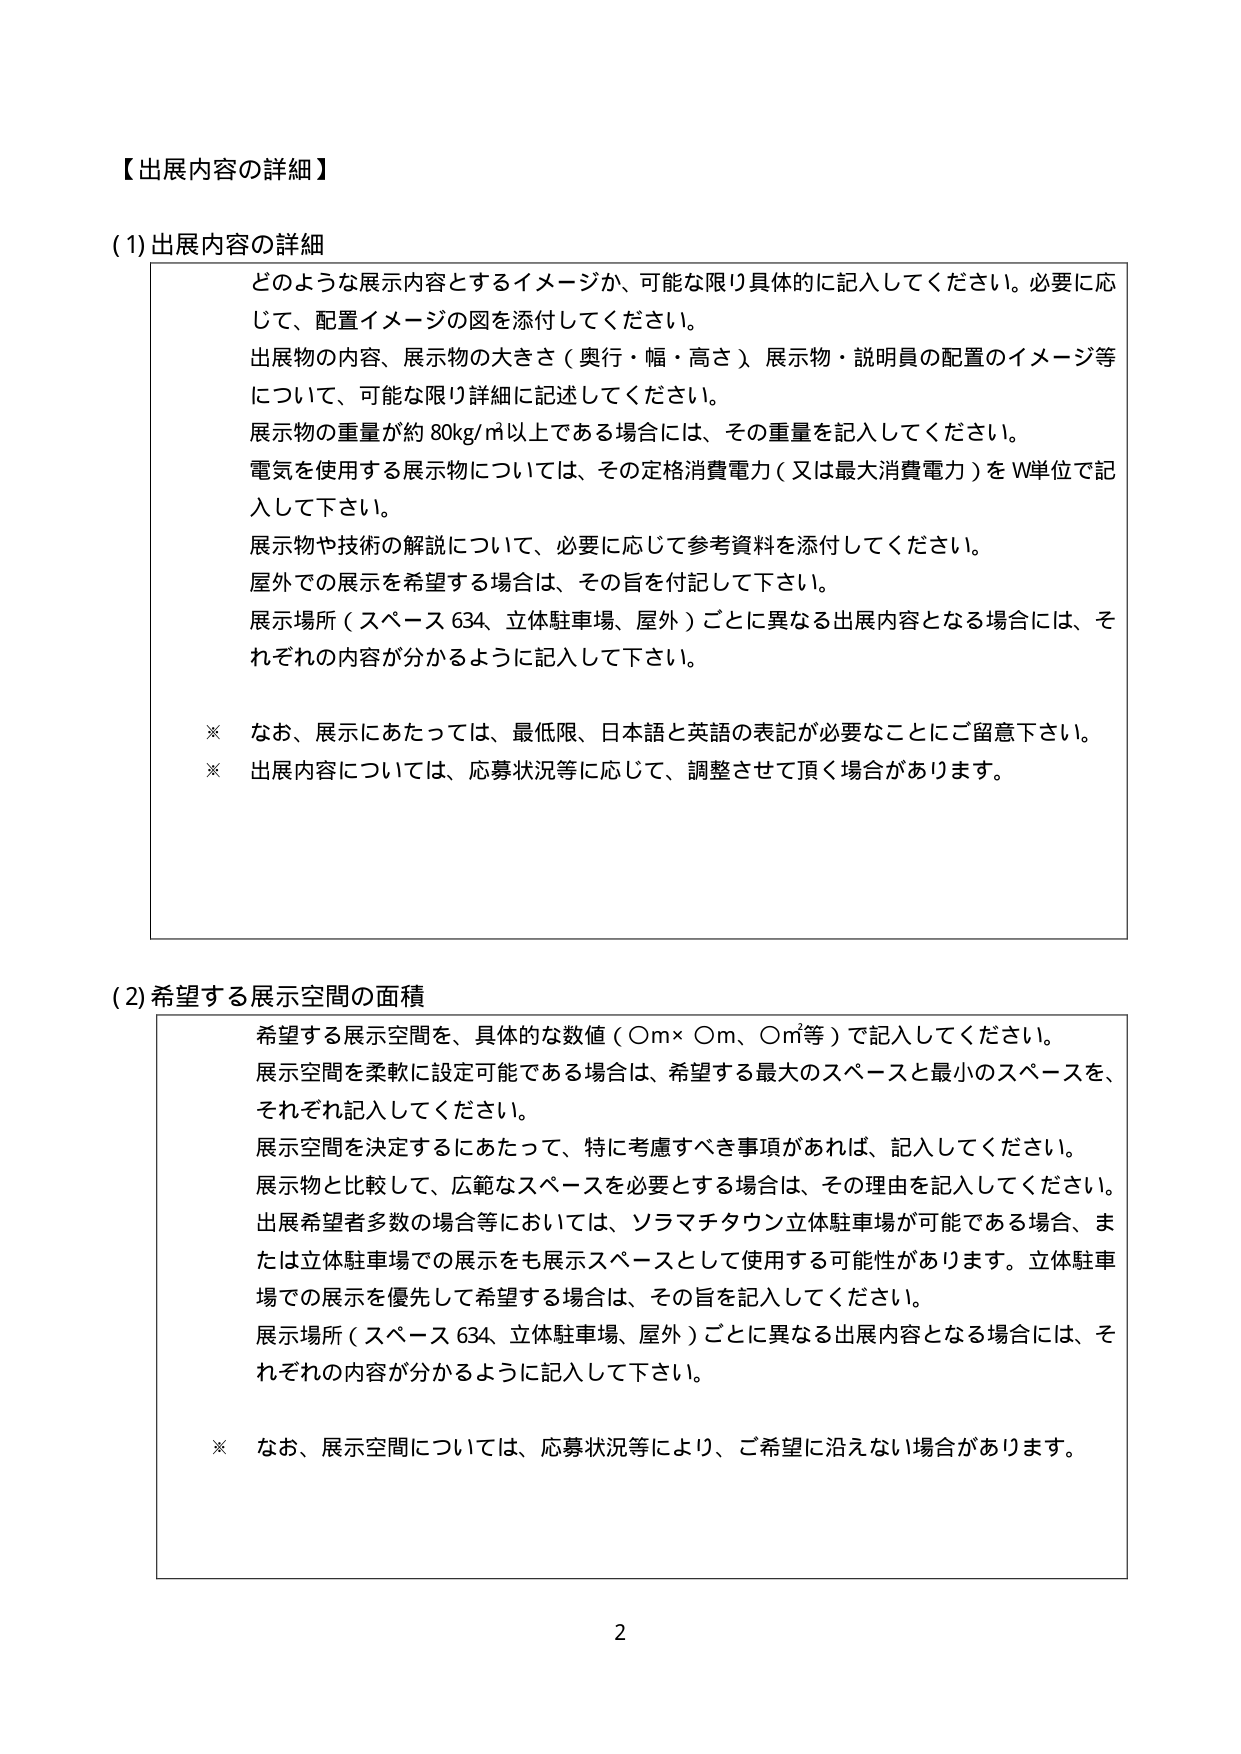
【出展内容の詳細】

(1) 出展内容の詳細
どのような展示内容とするイメージか、可能な限り具体的に記入してください。必要に応じて、配置イメージの図を添付してください。
出展物の内容、展示物の大きさ（奥行・幅・高さ）、展示物・説明員の配置のイメージ等について、可能な限り詳細に記述してください。
展示物の重量が約80kg/㎡以上である場合には、その重量を記入してください。
電気を使用する展示物については、その定格消費電力（又は最大消費電力）をW単位で記入して下さい。
展示物や技術の解説について、必要に応じて参考資料を添付してください。
屋外での展示を希望する場合は、その旨を付記して下さい。
展示場所（スペース634、立体駐車場、屋外）ごとに異なる出展内容となる場合には、それぞれの内容が分かるように記入して下さい。

※ なお、展示にあたっては、最低限、日本語と英語の表記が必要なことにご留意下さい。
※ 出展内容については、応募状況等に応じて、調整させて頂く場合があります。

(2) 希望する展示空間の面積
希望する展示空間を、具体的な数値（○m×○m、○㎡等）で記入してください。
展示空間を柔軟に設定可能である場合は、希望する最大のスペースと最小のスペースを、それぞれ記入してください。
展示空間を決定するにあたって、特に考慮すべき事項があれば、記入してください。
展示物と比較して、広範なスペースを必要とする場合は、その理由を記入してください。
出展希望者多数の場合等においては、ソラマチタウン立体駐車場が可能である場合、または立体駐車場での展示をも展示スペースとして使用する可能性があります。立体駐車場での展示を優先して希望する場合は、その旨を記入してください。
展示場所（スペース634、立体駐車場、屋外）ごとに異なる出展内容となる場合には、それぞれの内容が分かるように記入して下さい。

※ なお、展示空間については、応募状況等により、ご希望に沿えない場合があります。

2